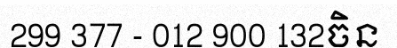
299 377 - 012 900 132ចិន